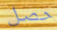
حصل